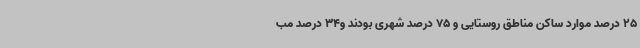
25 درصد موارد ساکن مناطق روستایی و 75 درصد شهری بودند و34 درصد مب